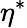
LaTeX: \eta^{\ast}